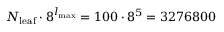
N _ { { \mathrm { l e a f } } } \cdot 8 ^ { l _ { { \mathrm { m a x } } } } = 1 0 0 \cdot 8 ^ { 5 } = 3 2 7 6 8 0 0